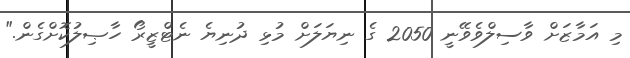
މި އަމާޒަށް ވާސިލްވެވޭނީ 2050 ގެ ނިޔަލަށް މުޅި ދުނިޔެ ނެޓްޒީރޯ ހާޞިލުކޮށްގެން."